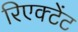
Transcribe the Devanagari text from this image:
रिएक्टेंट